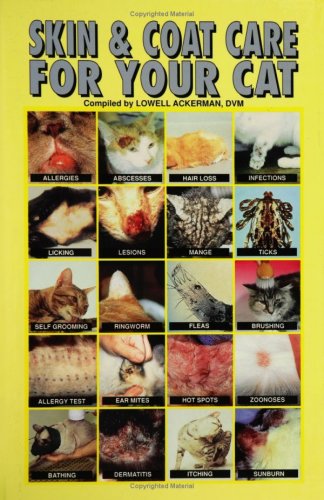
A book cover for Skin and Coat Care for Your Cat; Medical Books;